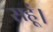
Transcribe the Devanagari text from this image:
सहूं।